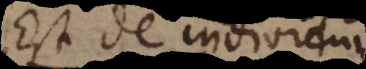
Est de individuis